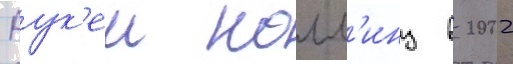
Аук'еи колл'инз в 2002